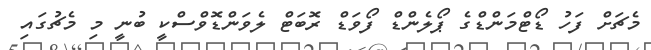
މެޗަށް ފަހު ޑޯޓްމަންޑްގެ ޕޯލެންޑް ފޯވަޑް ރޮބަޓް ލެވަންޑޮވްސްކީ ބުނީ މި މެޗުގައި